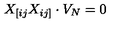
X _ { [ i j } X _ { i j ] } \cdot V _ { N } = 0